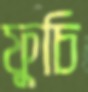
ফুচি